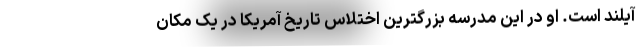
آیلند است. او در این مدرسه بزرگترین اختلاس تاریخ آمریکا در یک مکان